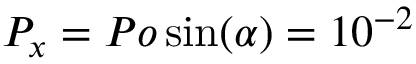
P _ { x } = P o \sin ( \alpha ) = 1 0 ^ { - 2 }